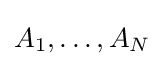
A_{1},\ldots ,A_{N}